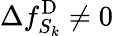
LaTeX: \Delta f_{S_{k}}^{\mathrm{D}}\neq 0